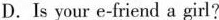
D. Is your e-friend a girl?